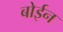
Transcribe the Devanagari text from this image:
बोईन